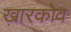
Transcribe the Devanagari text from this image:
ख़ारकोव